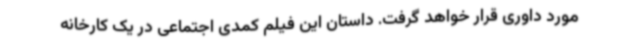
مورد داوری قرار خواهد گرفت. داستان این فیلم کمدی اجتماعی در یک کارخانه